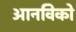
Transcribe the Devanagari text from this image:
आनविको